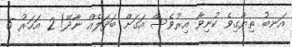
އަނބު ތިޔާގިވެ ކުނިވާ އިރުވެސް އަގަށް ބަދަލެއް ނާދޭ! 2 އަހަރު 5